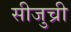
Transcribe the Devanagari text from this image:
सीजुच्री